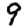
Digit: 9